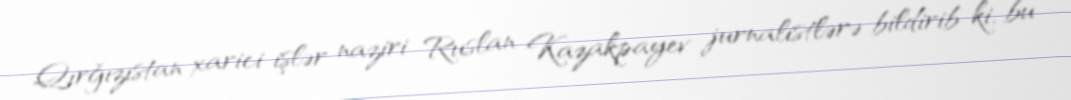
Qırğızıstan xarici işlər naziri Ruslan Kazakpayev jurnalistlərə bildirib ki, bu